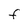
Character: F